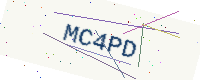
Text: MC4PD